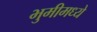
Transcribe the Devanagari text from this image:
भुमीमध्ये